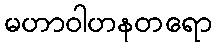
မဟာဝါဟနတရော